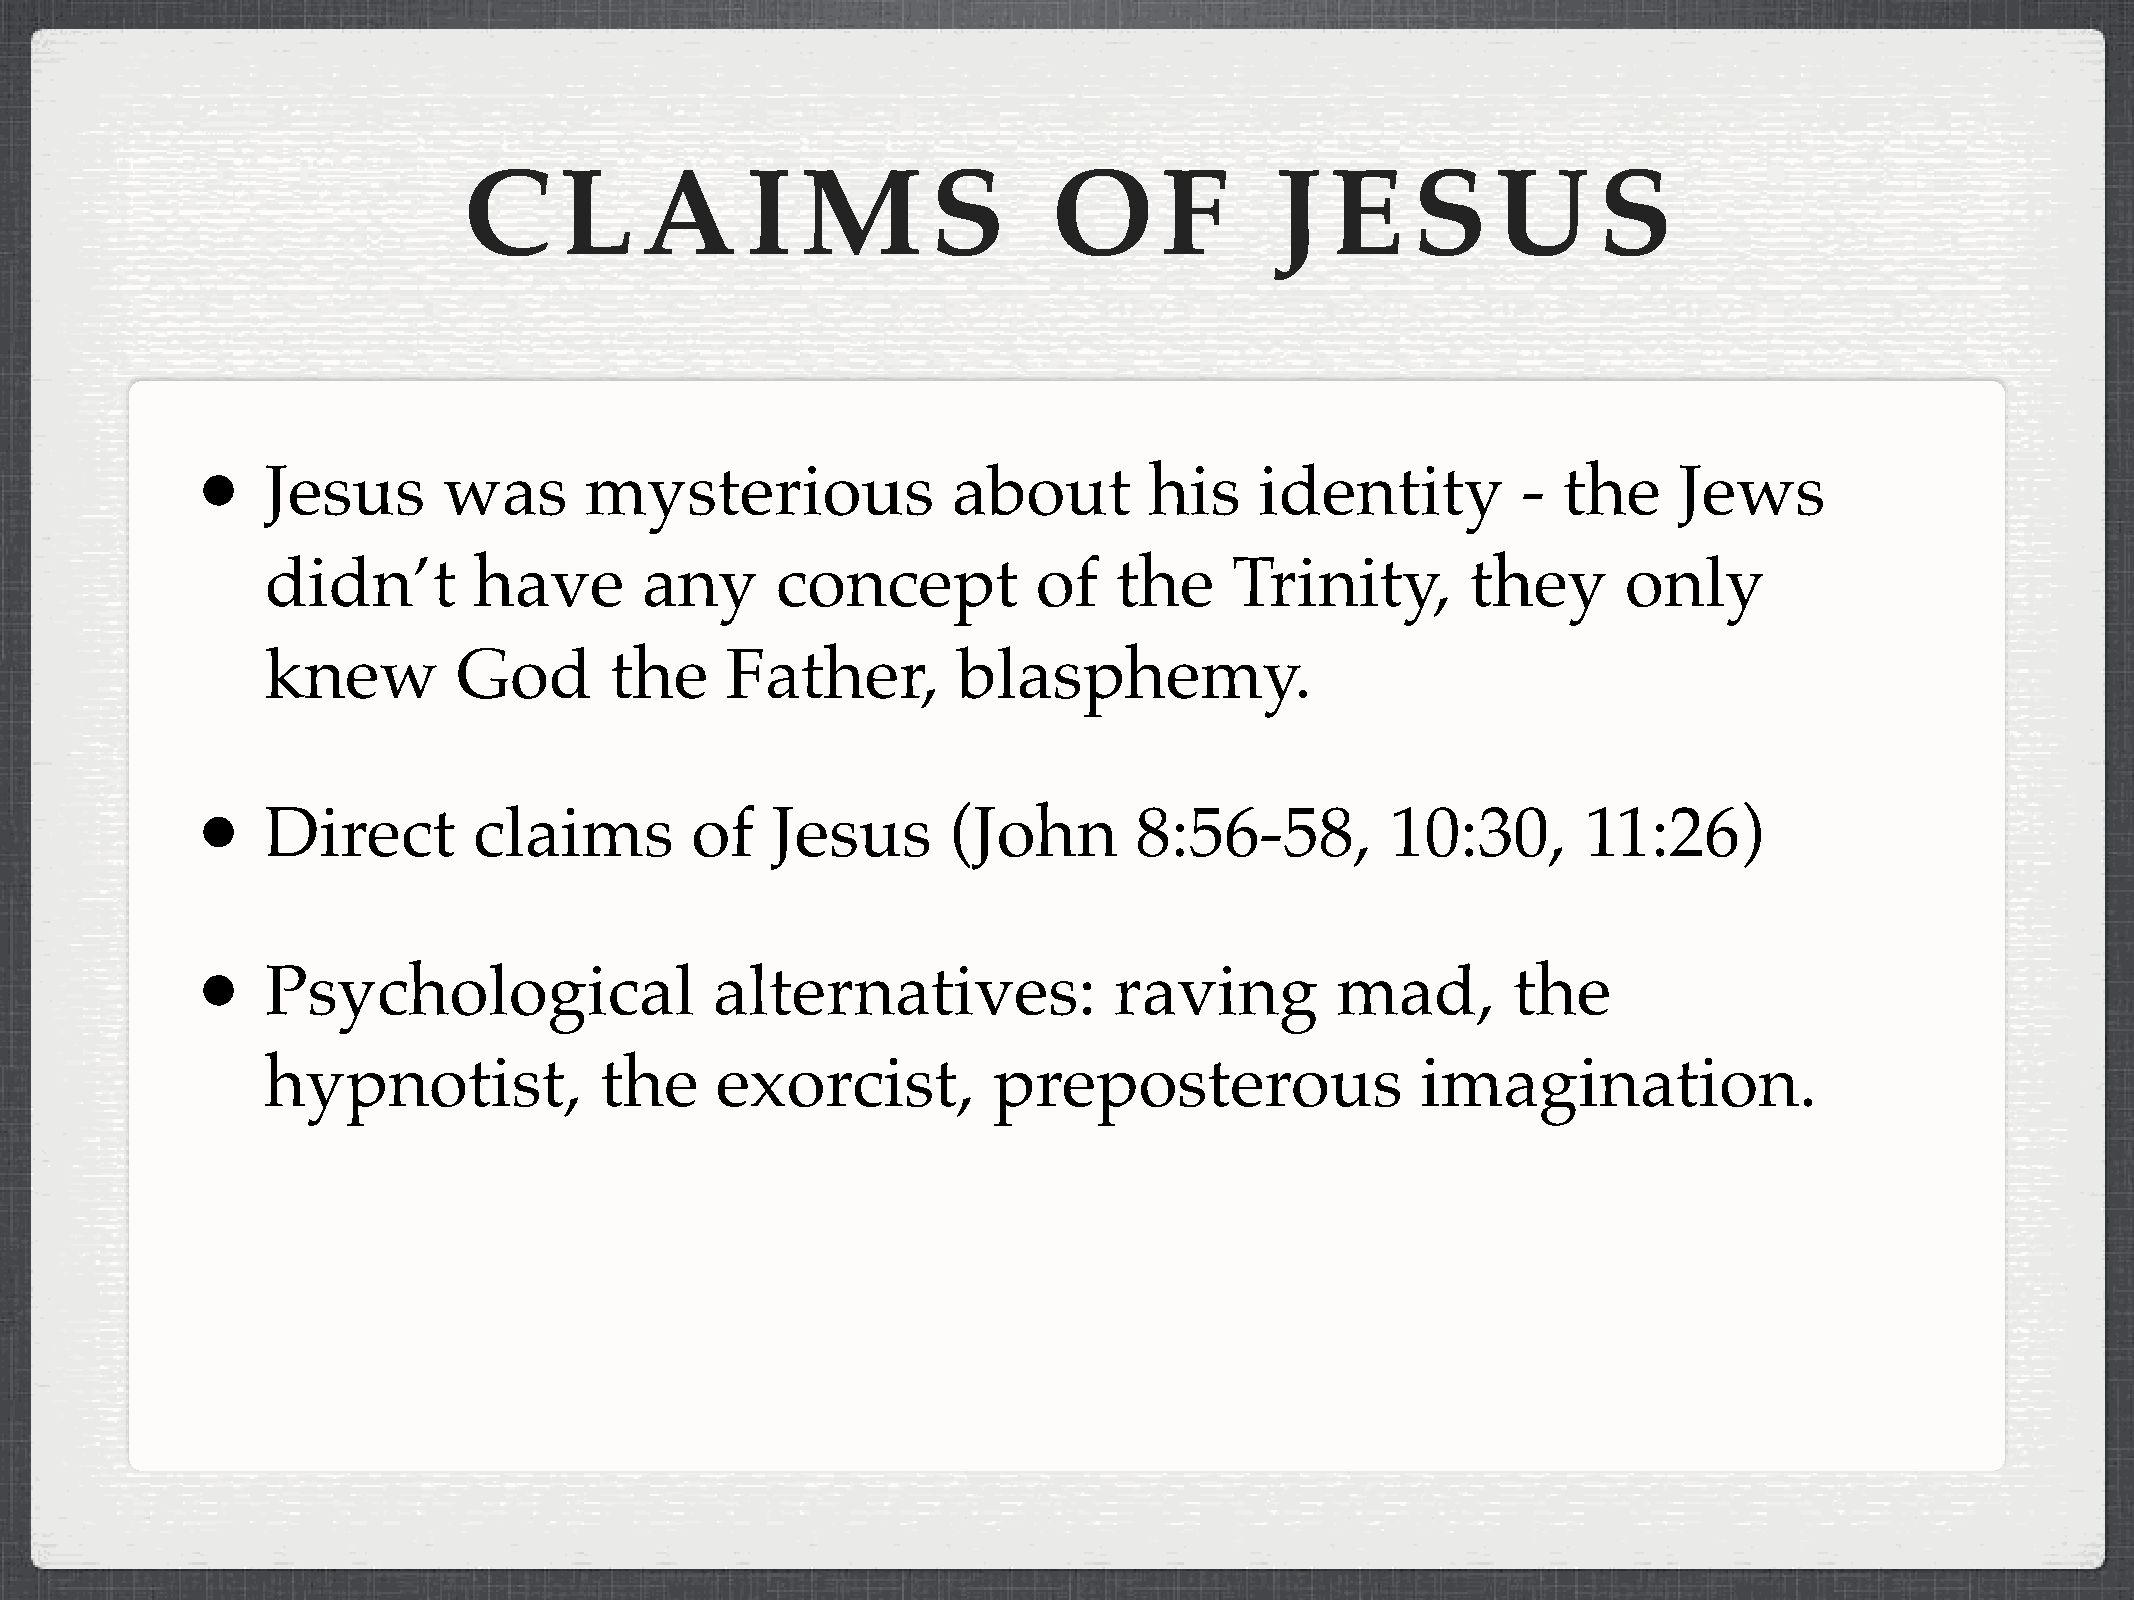
C     L    A      I   M        S       O      F      J   E    S     U      S
 •
 Jesus      was       mysterious              about        his    identity          - the     Jews
 didn’t       have       any      concept           of   the     Trinity,       they       only
 knew        God       the     Father,        blasphemy.
 •
 Direct       claims         of   Jesus       (John       8:56-58,         10:30,       11:26)
 •
 Psychological                alternatives:              raving        mad,        the
 hypnotist,            the    exorcist,          preposterous                imagination.